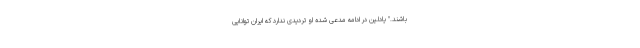
باشند." یادلین در ادامه مدعی شده او تردیدی ندارد که ایران توانایی